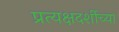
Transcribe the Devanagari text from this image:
प्रत्यक्षदर्शीच्या